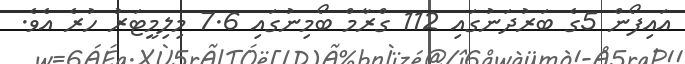
އައިފޯން 5ގެ ބަރުދަނުގައި 112 ގްރާމް ބޯމިނުގައި 7.6 މިލިމީޓަރު ހުރެ އެވެ.